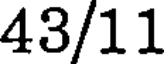
43/11